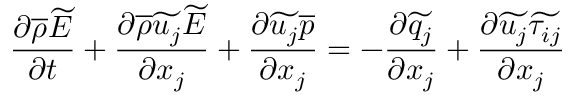
\frac { \partial \overline { { \rho } } \widetilde { E } } { \partial t } + \frac { \partial \overline { { \rho } } \widetilde { u _ { j } } \widetilde { E } } { \partial x _ { j } } + \frac { \partial \widetilde { u _ { j } } \overline { { p } } } { \partial x _ { j } } = - \frac { \partial \widetilde { q _ { j } } } { \partial x _ { j } } + \frac { \partial \widetilde { u _ { j } } \widetilde { \tau _ { i j } } } { \partial x _ { j } }